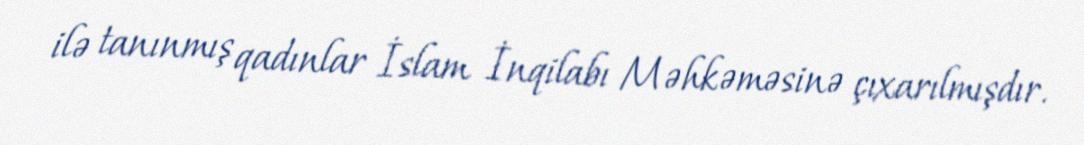
ilə tanınmış qadınlar İslam İnqilabı Məhkəməsinə çıxarılmışdır.